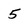
Character: 5